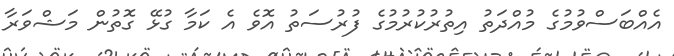
އެއްބަސްވުމުގެ މުއްދަތު އިތުރުކުރުމުގެ ފުރުސަތު އޮވެ އެ ކަމާ ގުޅޭ ގޮތުން މަޝްވަރާ